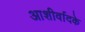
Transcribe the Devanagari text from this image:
आशीर्वादके